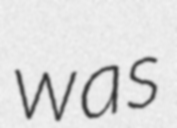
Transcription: was